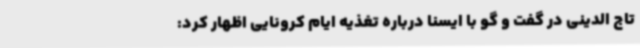
تاج الدینی در گفت و گو با ایسنا درباره تغذیه ایام کرونایی اظهار کرد: